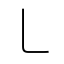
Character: ㇄